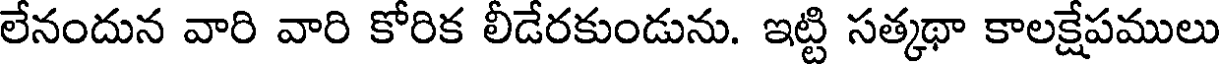
లేనందున వారి వారి కోరిక లీడేరకుండును. ఇట్టి సత్కథా కాలక్షేపములు